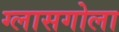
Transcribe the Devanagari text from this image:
ग्लासगोला